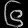
Digit: ၆